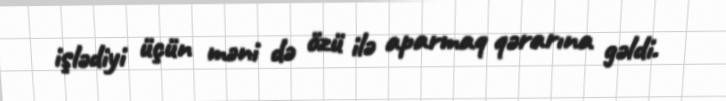
işlədiyi üçün məni də özü ilə aparmaq qərarına gəldi.